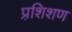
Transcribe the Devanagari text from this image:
प्रशि़शण